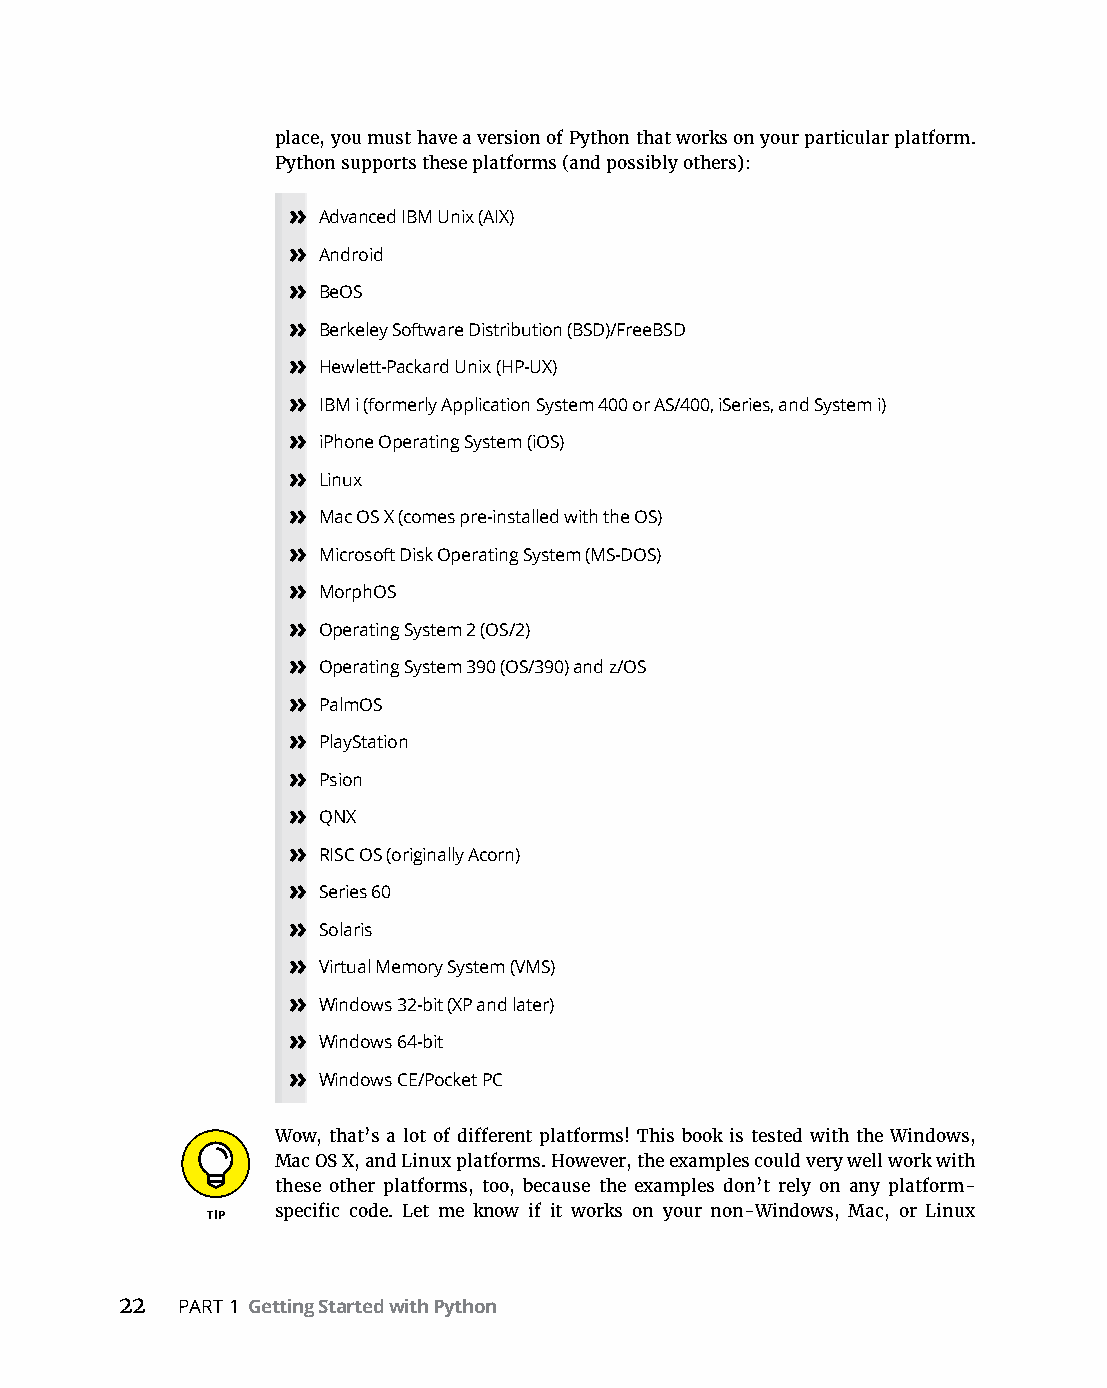
place, you must have a version of Python that works on your particular platform.
 Python supports these platforms (and possibly others):
 » Advanced IBM Unix (AIX)
 » Android
 » BeOS
 » Berkeley Software Distribution (BSD)/FreeBSD
 » Hewlett-Packard Unix (HP-UX)
 » IBM i (formerly Application System 400 or AS/400, iSeries, and System i)
 » iPhone Operating System (iOS)
 » Linux
 » Mac OS X (comes pre-installed with the OS)
 » Microsoft Disk Operating System (MS-DOS)
 » MorphOS
 » Operating System 2 (OS/2)
 » Operating System 390 (OS/390) and z/OS
 » PalmOS
 » PlayStation
 » Psion
 » QNX
 » RISC OS (originally Acorn)
 » Series 60
 » Solaris
 » Virtual Memory System (VMS)
 » Windows 32-bit (XP and later)
 » Windows 64-bit
 » Windows CE/Pocket PC
 Wow, that’s a lot of different platforms! This book is tested with the Windows,
 Mac OS X, and Linux platforms. However, the examples could very well work with
 these other platforms, too, because the examples don’t rely on any platform-
 specific code. Let me know if it works on your non-Windows, Mac, or Linux
 22  PART 1 Getting Started with Python